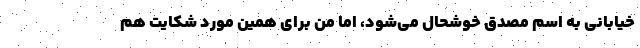
خیابانی به اسم مصدق خوشحال می‌شود، اما من برای همین مورد شکایت هم